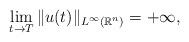
LaTeX: \begin{align*}\lim_{t \to T} \|u(t) \|_{L^\infty(\mathbb{R}^n)} = +\infty,\end{align*}